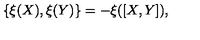
\{ \xi ( X ) , \xi ( Y ) \} = - \xi ( [ X , Y ] ) ,